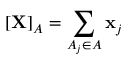
[ \mathbf { X } ] _ { A } = \sum _ { A _ { j } \in A } \mathbf { x } _ { j }